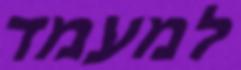
למעמד